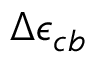
\Delta \epsilon _ { c b }